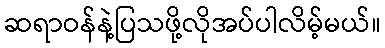
ဆရာဝန်နဲ့ပြသဖို့လိုအပ်ပါလိမ့်မယ်။